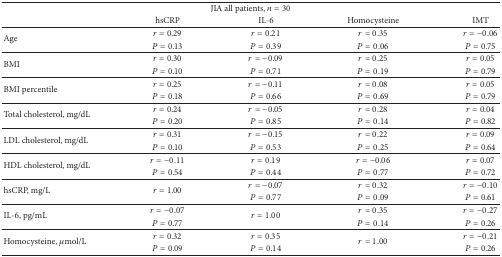
<table><thead><tr><td colspan="5"><b>JIA all patients, <i>n</i> = 30</b></td></tr><tr><td><b> </b></td><td><b>hsCRP</b></td><td><b>IL-6</b></td><td><b>Homocysteine</b></td><td><b>IMT</b></td></tr></thead><tbody><tr><td rowspan="2">Age</td><td><i>r</i> = 0.29</td><td><i>r</i> = 0.21</td><td><i>r</i> = 0.35</td><td><i>r</i> = −0.06</td></tr><tr><td><i>P</i> = 0.13</td><td><i>P</i> = 0.39</td><td><i>P</i> = 0.06</td><td><i>P</i> = 0.75</td></tr><tr><td rowspan="2">BMI</td><td><i>r</i> = 0.30</td><td><i>r</i> = −0.09</td><td><i>r</i> = 0.25</td><td><i>r</i> = 0.05</td></tr><tr><td><i>P</i> = 0.10</td><td><i>P</i> = 0.71</td><td><i>P</i> = 0.19</td><td><i>P</i> = 0.79</td></tr><tr><td rowspan="2">BMI percentile</td><td><i>r</i> = 0.25</td><td><i>r</i> = −0.11</td><td><i>r</i> = 0.08</td><td><i>r</i> = 0.05</td></tr><tr><td><i>P</i> = 0.18</td><td><i>P</i> = 0.66</td><td><i>P</i> = 0.69</td><td><i>P</i> = 0.79</td></tr><tr><td rowspan="2">Total cholesterol, mg/dL</td><td><i>r</i> = 0.24</td><td><i>r</i> = −0.05</td><td><i>r</i> = 0.28</td><td><i>r</i> = 0.04</td></tr><tr><td><i>P</i> = 0.20</td><td><i>P</i> = 0.85</td><td><i>P</i> = 0.14</td><td><i>P</i> = 0.82</td></tr><tr><td rowspan="2">LDL cholesterol, mg/dL</td><td><i>r</i> = 0.31</td><td><i>r</i> = −0.15</td><td><i>r</i> = 0.22</td><td><i>r</i> = 0.09</td></tr><tr><td><i>P</i> = 0.10</td><td><i>P</i> = 0.53</td><td><i>P</i> = 0.25</td><td><i>P</i> = 0.64</td></tr><tr><td rowspan="2">HDL cholesterol, mg/dL</td><td><i>r</i> = −0.11</td><td><i>r</i> = 0.19</td><td><i>r</i> = −0.06</td><td><i>r</i> = 0.07</td></tr><tr><td><i>P</i> = 0.54</td><td><i>P</i> = 0.44</td><td><i>P</i> = 0.77</td><td><i>P</i> = 0.72</td></tr><tr><td rowspan="2">hsCRP, mg/L</td><td rowspan="2"><i>r</i> = 1.00</td><td><i>r</i> = −0.07</td><td><i>r</i> = 0.32</td><td><i>r</i> = −0.10</td></tr><tr><td><i>P</i> = 0.77</td><td><i>P</i> = 0.09</td><td><i>P</i> = 0.61</td></tr><tr><td rowspan="2">IL-6, pg/mL</td><td><i>r</i> = −0.07</td><td rowspan="2"><i>r</i> = 1.00</td><td><i>r</i> = 0.35</td><td><i>r</i> = −0.27</td></tr><tr><td><i>P</i> = 0.77</td><td><i>P</i> = 0.14</td><td><i>P</i> = 0.26</td></tr><tr><td rowspan="2">Homocysteine, <i>μ</i>mol/L</td><td><i>r</i> = 0.32</td><td><i>r</i> = 0.35</td><td rowspan="2"><i>r</i> = 1.00</td><td><i>r</i> = −0.21</td></tr><tr><td><i>P</i> = 0.09</td><td><i>P</i> = 0.14</td><td><i>P</i> = 0.26</td></tr></tbody></table>